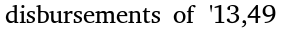
disbursements of '13,49